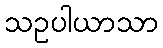
သဥပါယာသာ